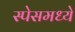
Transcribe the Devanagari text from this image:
स्पेसमध्ये